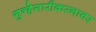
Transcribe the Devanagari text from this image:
गुन्हेगारीकरनावर